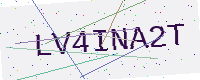
Text: LV4INA2T